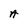
Character: A